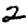
Digit: 2